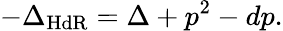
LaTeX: -\Delta_{\mathrm{HdR}}=\Delta+p^{2}-dp.